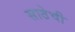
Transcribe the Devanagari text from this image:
साठेची